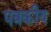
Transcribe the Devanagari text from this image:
पत्रकीय